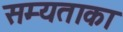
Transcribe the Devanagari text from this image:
सम्यताका